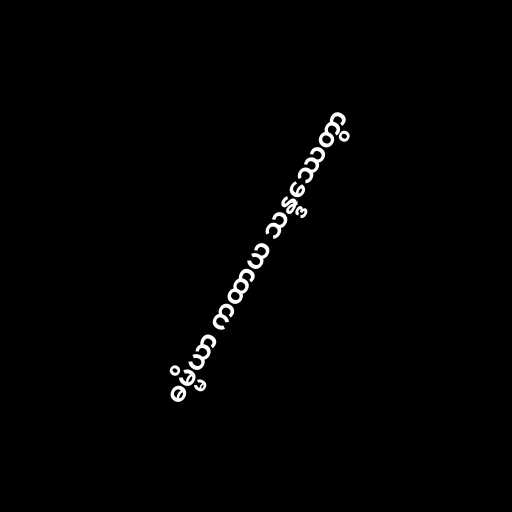
ဓမ္မိယာ ကထာယ သန္ဒဿေတွာ